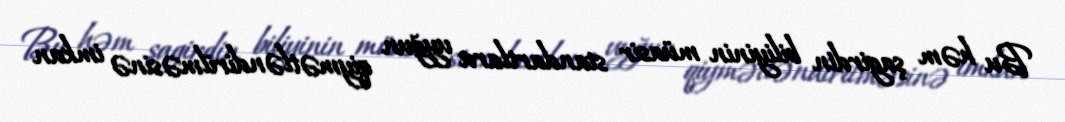
Bu həm şagirdin biliyinin müasir standartlara uyğun qiymətləndirilməsinə imkan